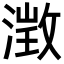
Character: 𪷁